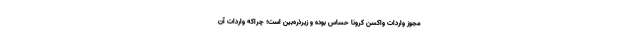
مجوز واردات واکسن کرونا حساس بوده و زیرذره‌بین است؛ چراکه واردات آن